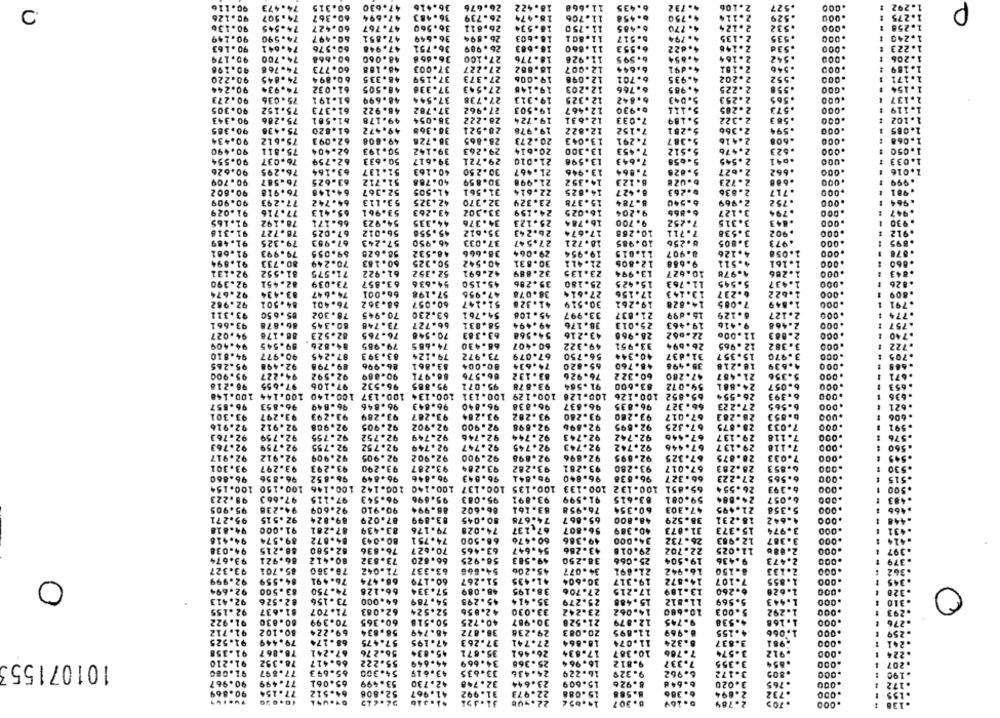
90.116
74.473
60.315
47.630
36.416
26.676
18.422
11.668
6.435
4.732
2 .106
527
1.292
P
90.126
74.507
60.367
36.483
11.706
2.114
47.694
26.739
15.474
6-458
4.750
.529
1.275
90.136
74-545
60.427
47.767
36.560
26.611
18.534
11.750
6.485
4. 770
2.124
.532
1.256
C
90.249
18.603
.535
74.590
60.497
47.851
36.649
26 .894
11.801
b. 517
4.794
2.135
.240
90.163
74.641
60.576
47.946
36.751
26.989
16.683
11.660
6.553
4.622
2.146
.53d
.223
90.179
74.700
48.060
36.658
27.100
18.776
11.926
6.595
4.654
2.164
.542
90.196
74.766
60.
46. 188
37.003
27.227
18.682
12.007
6.644
4.491
2.181
.546
189
90.220
74 .845
48.335
37.159
27.373
19.006
12.098
6.701
4.935
2.202
.552
74.934
61.032
48.505
37.338
27.543
19.148
12.203
6.766
4. 985
2.225
.558
90.273
75.036
61-191
48.699
37.544
27.738
19.313
12-325
6.842
5.043
2.253
.565
90.305
75.152
27.962
19.503
12.467
5.111
2.285
.573
61.373
46.922
37.782
0.930
90.343
75. 286
49. 178
38.054
28.222
19.724
12.631
7.033
5.189
2.322
.563
102
90.385
75 .436
61.820
49.472
38.365
28.521
19.978
12.822
7.152
5.251
2.366
.594
90.434
75.612
62.093
49. 808
36.726
28.865
20.273
7.291
2.416
.608
.000
90.490
75.511
62.404
50.193
39.142
29. 263
20.614
13.30
7.453
5.512
2.476
.523
13.59
90.554
76.037
62.759
50. 633
39.617
29.721
21.010
7.643
5-658
2.545
.041
.000
90.626
76.295
63.164
51.137
40.163
30.250
21.467
13
7.864
5.625
2.627
.662
.000
90.709
76-587
63.625
51.712
40.788
30.859
21.998
14.352
8.123
2.723
.688
90.602
76.918
64-148
52-367
41.505
31.561
22.614
14.825
8. 427
6.263
2.836
. 717
.000
90.909
77.293
64.742
53.113
42.325
32.370
23.329
15.378
8.784
6-540
2.969
.752
91.029
77.716
65.413
53.961
43.263
33.302
24.159
16.025
9.204
6.865
3.127
.794
.DOO
91.165
78.192
66.171
54.923
44.335
34.376
25.123
16.784
9. 700
7.252
3.315
.843
91.318
78.727
67.025
56.012
45.558
35.612
26.243
17.674
10. 268
7.711
3.538
.902
.000
91.489
79.325
67.963
57.243
46.950
37.033
27.547
18.721
10.985
6. 256
3.805
.973
.000
91.601
79.993
69.055
50.620
48-532
38.666
29.064
19.954
11.015
8.907
4.126
1.058
91-894
80. 733
70.249
60. 183
50.325
40.542
30.831
21.411
9.668
4.511
1.161
.000
92.131
81.552
71.575
61.922
52.352
42-691
32.889
23.135
13.994
10.627
4.978
1.286
.000
92.390
82.451
73.039
63.857
54.636
45.150
35.296
25.180
15.425
11.763
5.545
1.437
.000
92.674
83-434
74 .647
66.001
57.198
47.956
36.078
27.614
17.156
13.143
6.237
1.622
.000
92.982
84. 501
76.401
68.362
60.057
51.147
41.328
30.519
14.828
7.085
791
19.261
1.849
93.311
85 .650
78.302
70.945
63.230
54.761
45.108
33.997
21.837
15.699
8.129
2.127
774
93.661
86. 878
80.345
66.727
49.494
38.176
19.463
9.416
.757
73.748
58.031
25.013
2.468
94.027
86.170
82.523
76-765
70.546
63.383
54.568
43.216
28.966
22-062
11.000
2.863
740
94.409
89.545
84.826
79.985
74.665
68.430
60.407
49.322
33.951
26.694
12.965
3.382
722
94.810
90.977
87.245
83.393
79.124
73.972
67.079
56-750
40.344
31.637
15.357
3.970
95.265
92.498
89.798
86.996
83.861
80.004
74.634
65-620
48.760
35.498
18.218
4.639
.000
90.869
66.576
76.926
60.322
47.280
95.900
94-227
92.592
86.971
83. 132
21-487
5.356
. 000
71
96-218
97.655
97.106
96-532
95.885
95.071
93.878
91.564
83.600
59.072
24.881
6-057
.000
653
100.148
100.144
100.140
100.137
100.134
100-131
100.129
100.126
100.126
65.852
26-554
6.393
.000
635
96.857
96.853
96.849
96.846
96.843
96.840
96.838
96.837
96.835
66.327
27.223
6-565
621
93.301
93.297
93.293
93.289
93.287
93.264
93.202
93.280
97.280
67.017
26-283
6.553
606
92.916
92.912
92.908
92.905
92.902
92.900
92.696
92.896
92.895
7.325
28.875
7.033
.000
. 591
92.763
92.759
92.755
92.752
92.749
92.746
92.744
92.743
92.742
67.446
29.137
7.118
.000
.576
92.747
92.743
29.137
92.763
92.759
92.755
92.752
92.749
92.745
92.742
67.446
7.118
.000
92-917
92.912
92.909
92.905
92.902
92.900
92.898
92.896
92-895
67.325
28.875
7.033
.000
.545
93.301
93-297
93.293
93.290
93.287
93.284
93.282
93-281
93.280
67.017
28.293
6.853
.000
330
96.860
96.856
95.852
96.849
96 .846
96.043
96.841
96.840
96.636
66.327
27.223
6.565
.000
.515
100.154
100.150
100.146
100.142
100.140
100.137
100.135
100.132 100.133
65.851
26.554
6.393
.000
900
98.223
97.663
97.115
96.543
95.696
95.083
93.891
91.599
83-615
59.001
24.884
6.057
95.905
94.238
92.609
90.910
86.994
86.602
63. 161
76.958
60.354
47.303
21.495
5.358
.000
95.271
92.515
89.824
87.029
83.899
80.045
74.675
65.867
48.800
38.529
18.231
4-642
94.818
91.000
87-281
83.439
79.176
74.028
67.137
56.807
40.369
31.073
15.373
3.974
431
94.416
89.574
84.872
80.043
74.751
68.500
60.476
49.386
34.000
26-732
12.963
3.387
94.038
88.215
82.580
76.636
70.627
63-465
54.647
43. 266
29.016
22.702
11.025
2.08₺
.000
.397
93.674
86.921
80.412
73.832
66.820
56.925
49.583
38.250
25.066
19.504
9.436
2.473
.000
.379
93.327
85.701
78.360
71.042
63-337
54.868
45.206
34.077
21.691
16.942
8.150
7.133
.000
362
0
92.999
84-559
76. 491
66.474
60.179
51-267
41.435
30.604
19.317
14-872
7.107
.855
.000
3.500
57.334
38.195
13-189
.000
92.694
74.750
66-126
48.089
27.706
17-215
6.260
.626
328
92.413
82.526
73 .156
64.000
54. 789
45. 295
35.414
25.279
15.488
11.812
5.569
.443
.000
310
92 -155
61.637
71.707
62.083
52.524
42.856
23-242
14.062
10-680
5.003
1.292
.000
.293
DEOREE
91.922
80.830
70.399
60.365
50.518
40.725
30.987
21.528
12.879
9.745
4.538
1.168
.000
.276
91.712
80.102
69.224
58.834
48.749
36.872
29.238
20.083
11.895
8-969
.4.155
1.066
.000
91-525
79.449
68-174
57.475
47.19
37.263
27.741
18.864
11.074
8.324
3.837
.981
.000
91.358
78.867
-241
56-276
45- 034
35.671
26.461
17.634
10.387
7.766
.912
.224
10107155
55.222
34.669
25.368
91.210
78.352
66.417
44-649
16.964
9.812
7.337
3.355
.854
.000
207
91.080
77.897
65.693
54.300
43.619
33.635
24.43₺
16.229
9.329
6.962
3.172
.805
.000
190
90.967
77.499
65.061
53.499
42.730
32.740
23.644
15.609
8.926
3.020
6.646
.765
.000
90-869
77. 154
64-512
52.806
41. 967
31.997
22.973
15.088
8.568
2.894
8.307
2.789
.000